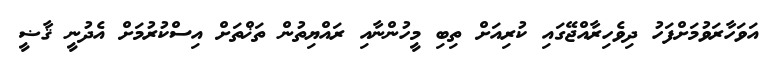
އަވަހާރަވުމަށްފަހު ދިވެހިރާއްޖޭގައި ކުރިއަށް ތިބި މީހުންނާއި ރައްޔިތުން ތަޚްތަށް އިސްކުރުމަށް އެދުނީ ޤާޟީ